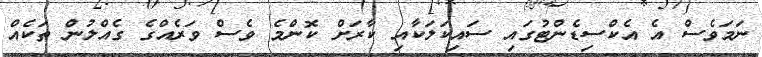
ނަމަވެސް އެ އެކްސިޑެންޓުގައި ސައިކަލަކާއި ކާރަށް ކޮންމެ ވެސް ވަރެއްގެ ގެއްލުން ތަކެއް